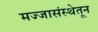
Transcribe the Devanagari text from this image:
मज्जासंस्थेतून